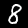
Digit: 8